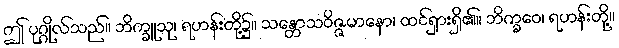
ဤ ပုဂ္ဂိုလ်သည်။ ဘိက္ခူသု၊ ရဟန်းတို့၌။ သန္တောသဝိဇ္ဇမာနော၊ ထင်ရှားရှိ၏။ ဘိက္ခဝေ၊ ရဟန်းတို့။